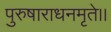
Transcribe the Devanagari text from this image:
पुरुषाराधनमृते।।